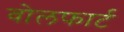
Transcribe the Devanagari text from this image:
वोलफार्ट